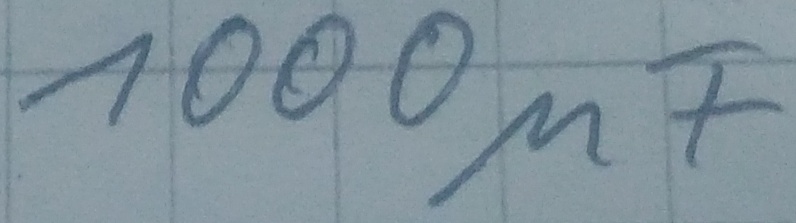
Text: 1000µF